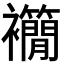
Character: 𧟉